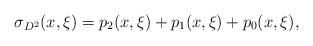
LaTeX: \begin{align*}\sigma_{D^2}(x, \xi) = p_2(x, \xi) + p_1(x, \xi) + p_0(x, \xi), \end{align*}